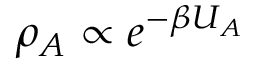
\rho _ { A } \propto e ^ { - \beta U _ { A } }